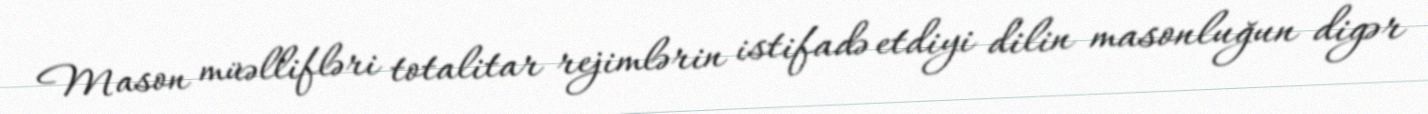
Mason müəllifləri totalitar rejimlərin istifadə etdiyi dilin masonluğun digər